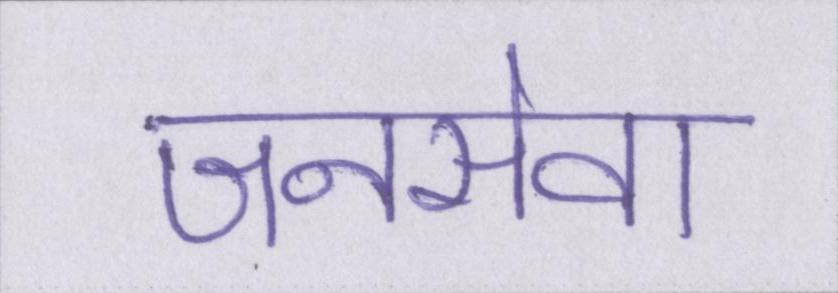
जनसेवा